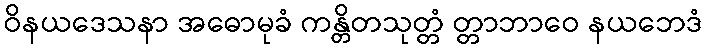
ဝိနယဒေသနာ အဓောမုခံ ကန္တိတသုတ္တံ တ္တာဘာဝေ နယဘေဒံ